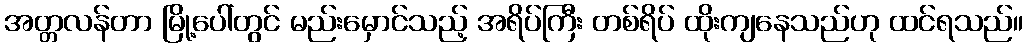
အတ္တလန်တာ မြို့ပေါ်တွင် မည်းမှောင်သည့် အရိပ်ကြီး တစ်ရိပ် ထိုးကျနေသည်ဟု ထင်ရသည်။